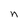
Character: n